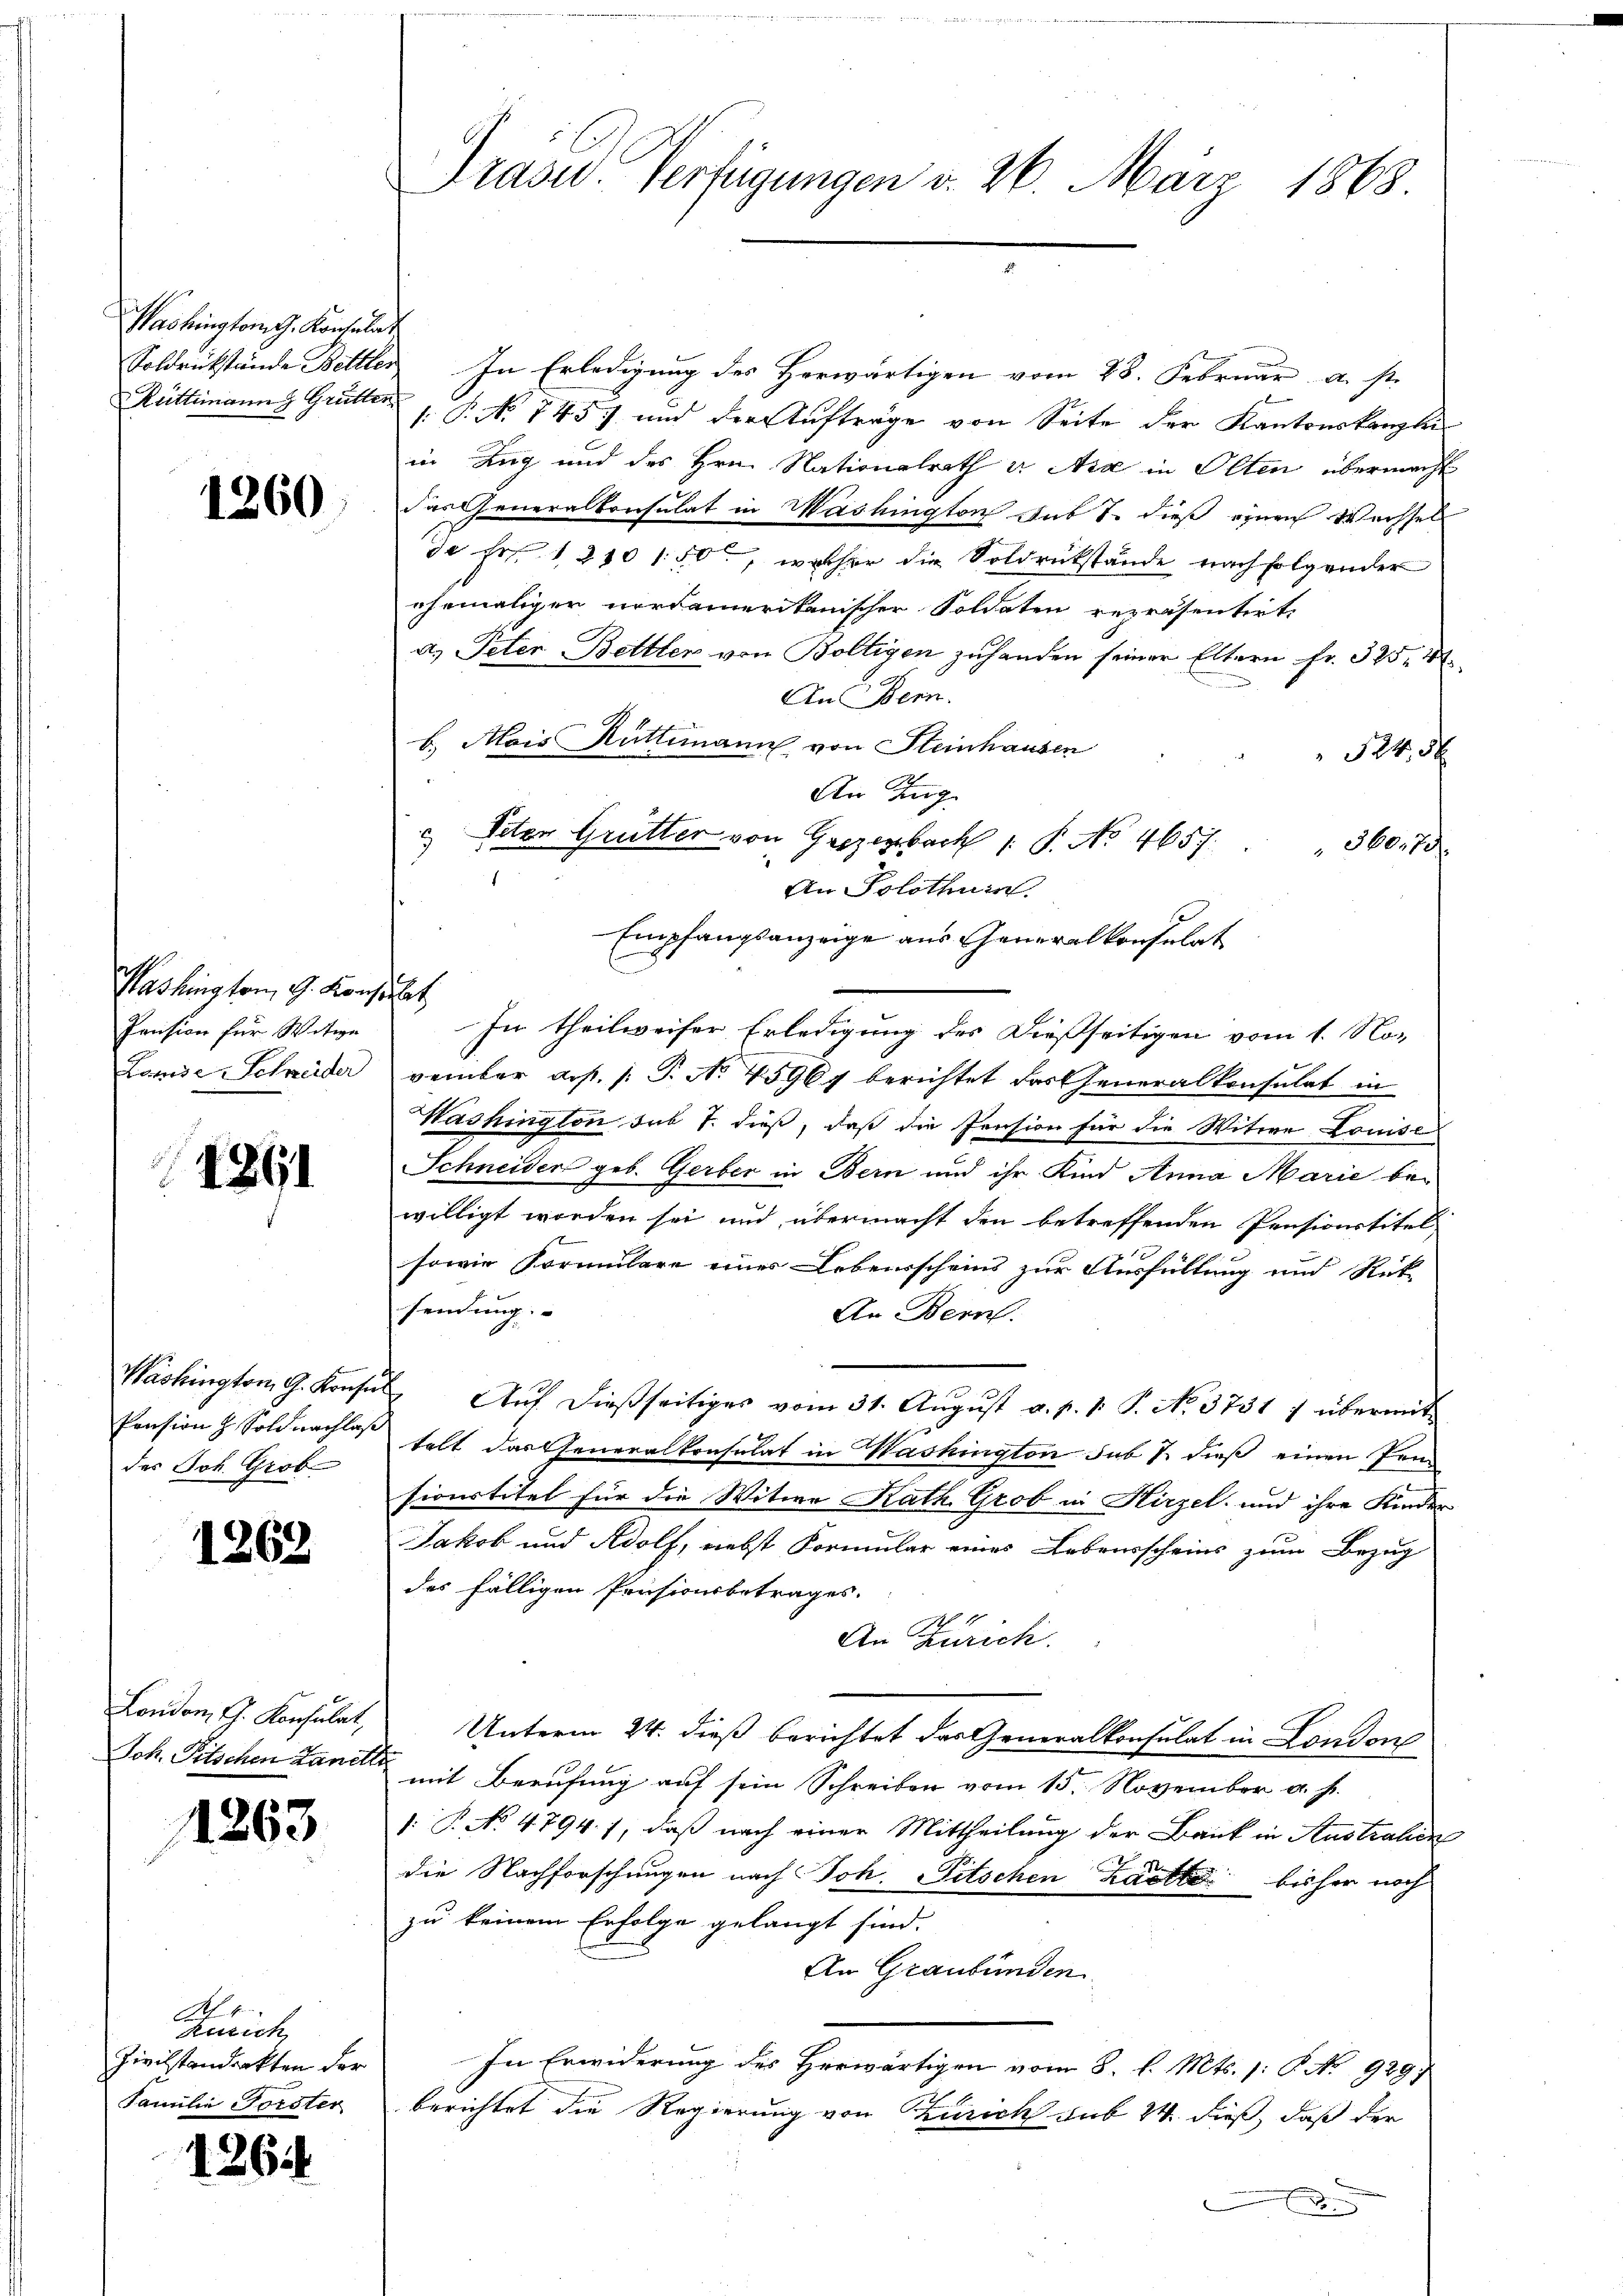
Washington G. Konsulat

1260

Washington G. Konsulat
Pension für Witwe
Lande Schneider

1861

des Joh. Grob

1263

London, G. Konsulat,
Joh. Pitschen Lanell

1263

A. 1.
kulich
Zivilstandenkten der
Familie Forster

1264

Soldrückstände Bettler In Erledigung des Herwärtigen vom 28. Februar a. s.
Rüttimann Grütter 1. P. Nr. 745) und der Aufträge von Seite der Kantonskanzle
in Zug und des Hrn. Nationalrath u. Aa in Olten übermacht
das Generalkonsulat in Washington sub 1. dieß einen Wechsel
de Fr. 1210150, welcher die Soldrückstände nach folgender
ehemaligen nordamerikanischer Soldaten repräsentirt.
a. Peter Bettler von Boltigen zuhanden seiner Eltern fr. 325, 4
An Bern.
b. Mais Rüttimann von Steinhausen
524, 5 x
An Zug.
Veter Grütter von Grezenbach 1. P. No 4657. " " 360. 73.
An Solothurn
Empfangsanzeige aus Generalkonsulat
In theilweiser Erledigung des Dießseitigen vom 1. No-
vember ars. (T. No 45967 berichtet das Generalkonsulat in
Washington sub 1. dieß, daß die Pension für die Witwe Louise
Schneiden geb. Gerber in Bern und ihr Kind Anna Marie bewilligt worden sei und übermacht den betreffenden Pensionstitel
sowie Formulare eines Lebensscheins zur Ausfüllung und Rück-
sendung
An Bern.
Washington G. Konses Aŭf dießseitiges vom 31. Aŭgŭst a. p. 1. S. No. 3731 7 übermit
Pension z. Soldnachlaß selt das Generalkonsulat in Washington sub 7. dieß einen Pensionstitel für die Witwe Kath. Grob in Hirzel, und ihre Kinder
Jakob und Adolf, nebst Formular eines Lebensscheins zum Bezug
des fälligen Pensionsbetrages.
1
An Zürich.
Unterm 24. dieß berichtet das Generalkonsulat in London
 mit Berufung auf sein Schreiben vom 15. November a. h.
1: P. No 4794. 1, daß nach einer Mittheilung der Bank in Australiens
die Nachforschungen nach Joh. Pitschen Laette bisher noch
zu keinem Erfolge gelangt sind.
An Graubünden.
In Erwiderung des Herwärtigen vom 8. d. Mts. 1: P. No 929
berichtet die Regierung von Zürich sub 24 dieß, daß der

Präsid. Verfügungen v. 26. März 1868.

3
1